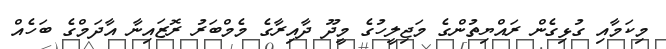
މިކަމާއި ގުޅިގެން ރައްޔިތުންގެ މަޖިލީހުގެ މީދޫ ދާއިރާގެ މެމްބަރު ރޮޒައިނާ އާދަމްގެ ބަހެއް